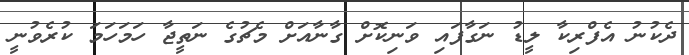
ދެކުނު އެފްރިކާ ލީޑު ނަގާފައި ވަނިކޮށް ގާނާއަށް މެޗުގެ ނަތީޖާ ހަމަހަމަ ކުރެވުނީ